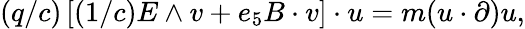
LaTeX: (q/c)\left[(1/c)E\wedge v+e_{5}B\cdot v\right]\cdot u=m(u\cdot\partial)u,